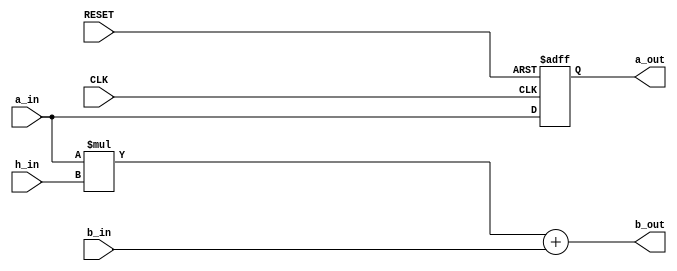
`timescale 1ns / 1ps
//////////////////////////////////////////////////////////////////////////////////
// Company: 
// Engineer: 
// 
// Design Name: 
// Module Name: FIR_block
// Project Name: 
// Target Devices: 
// Tool Versions: 
// Description: 
// 
// Dependencies: 
// 
// Revision:
// Revision 0.01 - File Created
// Additional Comments:
// 
//////////////////////////////////////////////////////////////////////////////////


module FIR_block #(parameter DWIDTH = 16)
(
    output reg [DWIDTH-1:0] a_out,
    output reg [2*DWIDTH-1:0] b_out,
    input [DWIDTH-1:0] a_in,
    input [2*DWIDTH-1:0] b_in,
    input [DWIDTH-1:0] h_in,
    input CLK,
    input RESET
    );
    
    always @ (posedge CLK or posedge RESET) 
    begin
        if(RESET)
        begin
            a_out = 0;
        end
        else begin
            a_out = a_in;
        end
    end
    
    always @(*)
    begin
        b_out = (a_in * h_in) + b_in;
    end
    
endmodule